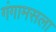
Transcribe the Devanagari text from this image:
गंगामसला